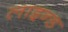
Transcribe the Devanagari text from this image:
लाइन्‍ड